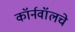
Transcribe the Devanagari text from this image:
कॉर्नवॉलचे